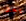
بعد